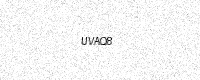
Text: UVAQ8